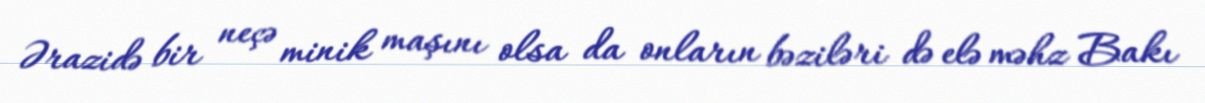
Ərazidə bir neçə minik maşını olsa da onların bəziləri də elə məhz Bakı